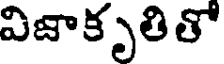
విజాకృతితో